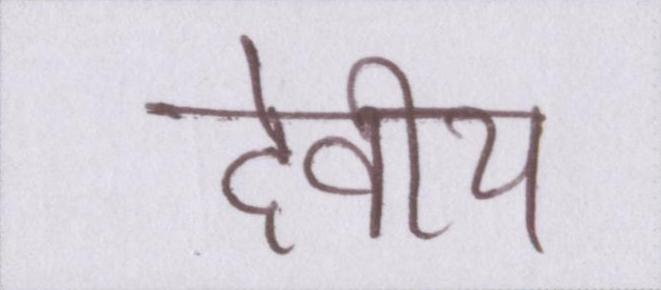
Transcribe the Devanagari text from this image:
देवीय